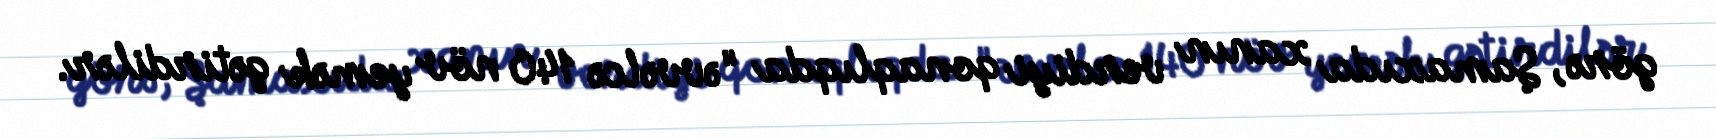
görə, Şamaxıda xanın verdiyi qonaqlıqda "əvvəlcə 140 növ yemək gətirdilər.